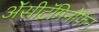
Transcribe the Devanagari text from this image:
ॲेसीटॅमिनोफेन